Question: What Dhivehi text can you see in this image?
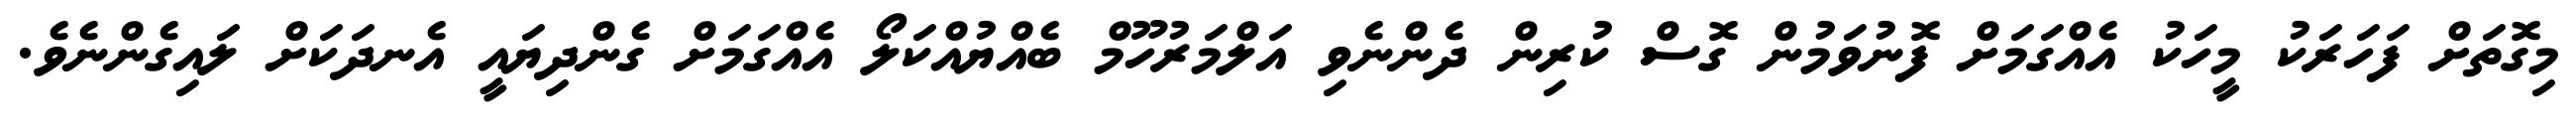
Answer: މިގޮތަށް ފަހަރަކު މީހަކު އެއްގަމަށް ފޮނުވަމުން ގޮސް ކުރިން ދެންނެވި އަލްމަރުހޫމް ބެއްޔުއްކަލޯ އެއްގަމަށް ގެންދިޔައީ އެނދަކަށް ލައިގެންނެވެ.